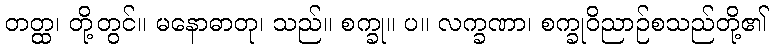
တတ္ထ၊ တို့တွင်။ မနောဓာတု၊ သည်။ စက္ခု။ ပ။ လက္ခဏာ၊ စက္ခုဝိညာဉ်စသည်တို့၏